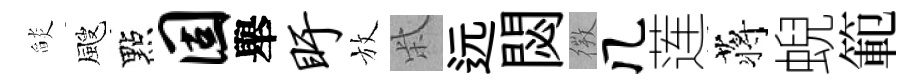
𦦨颼點固舉盱放柴远閟𢕄几莲蒋蜺範